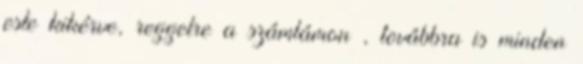
este kikérve, reggelre a számlámon , továbbra is minden